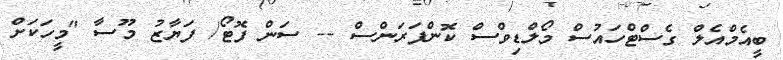
ބީއެމްއެލް ގެސްޓްހައުސް މޯލްޑިވްސް ކޮންފަރަންސް -- ސަން ފޮޓޯ/ ފަޔާޒު މޫސާ "މީހަކަށް